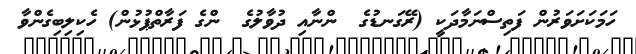
ހަމަކަށަވަރުން ފަތިސްނަމާދަކީ (ރޭގަނޑުގެ  ންނާއި ދުވާލުގެ  ންގެ ފަރާތްޕުޅުން) ހެކިލިބިގެންވާ